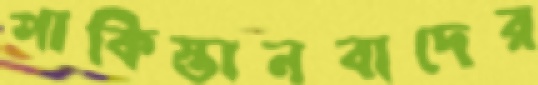
পাকিস্তানবাদের